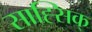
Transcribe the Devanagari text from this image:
साह्सिक्